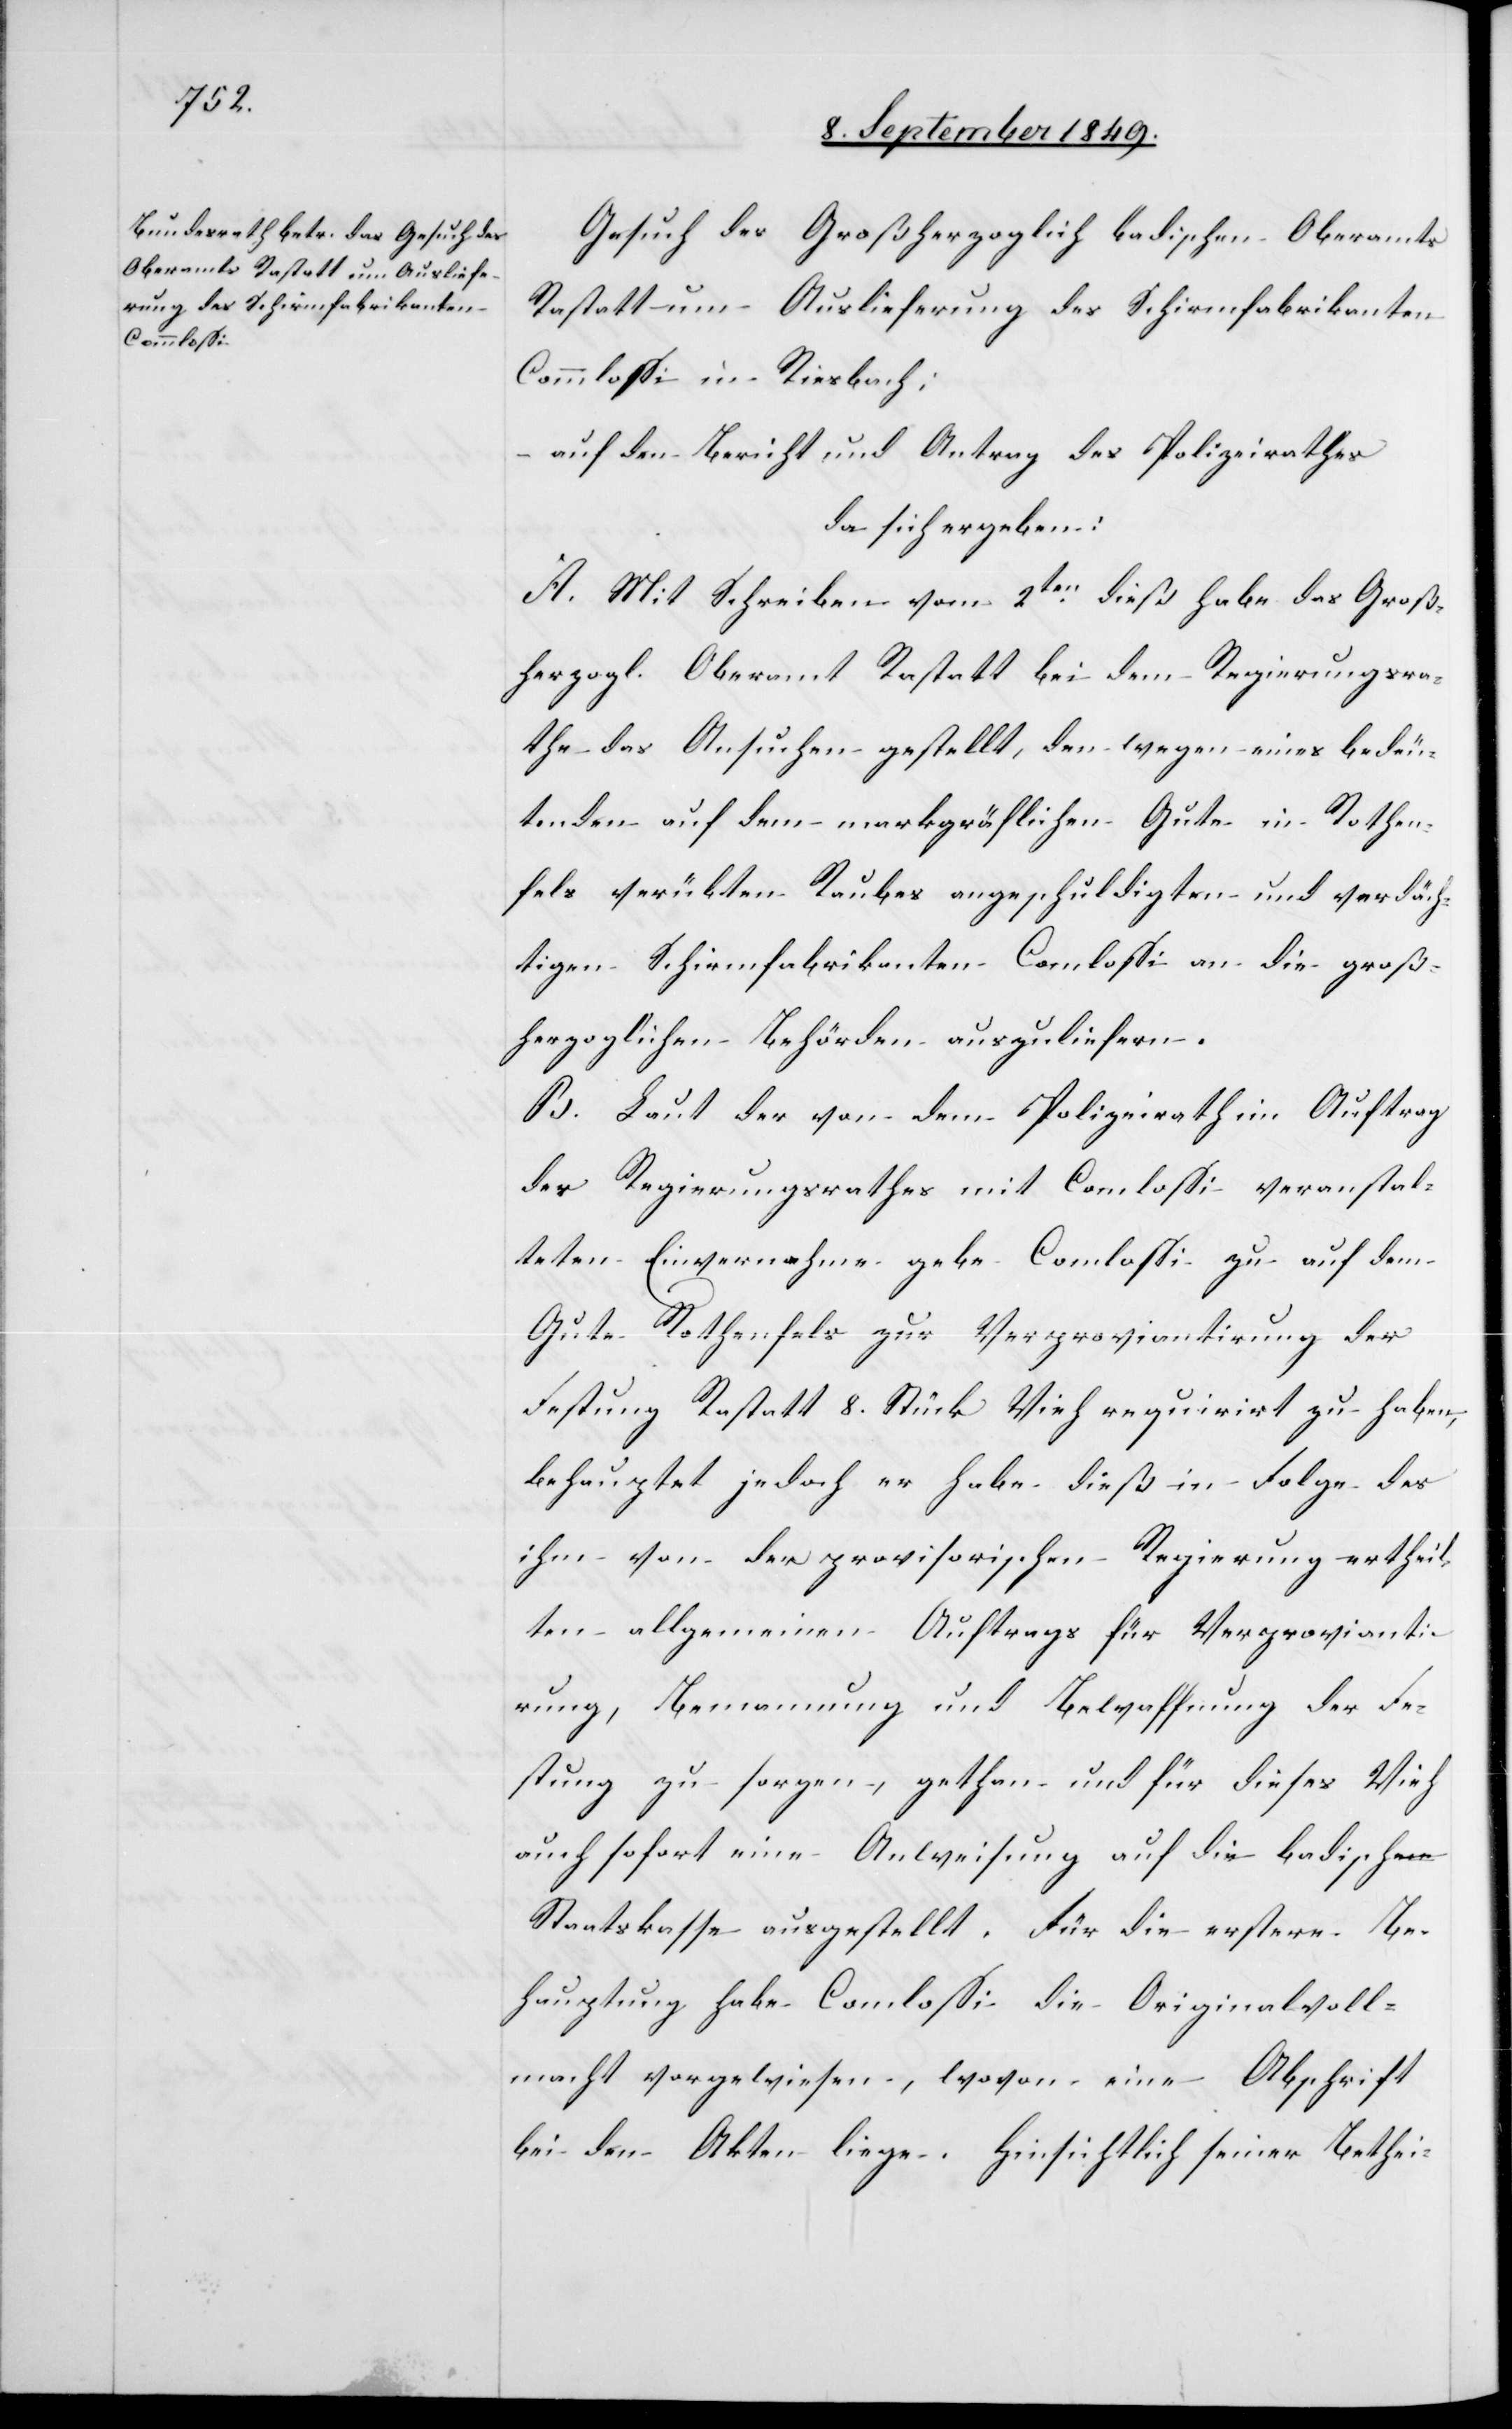
tal¬

Gesuch des Großherzoglich badischen Oberamts
Rastatt um Auslieferung des Schirmfabrikanten
Commlossi in Riesbach:
auf den Bericht und Antrag des Polizeirathes
da sich ergeben:
A. Mit Schreiben vom 2ten dieß habe das Groß¬
herzogl. Oberamt Rastatt bei dem Regierungsra¬
the das Ansuchen gestellt, den wegen eines bedeu¬
tenden auf dem markgräflichen Gute in Rothen¬
fels verübten Raubes angeschuldigten und verdäch¬
tigen Schirmfabrikanten Comlossi [sic!] verans¬
teten Einvernahme gebe Comlossi zu auf dem
Gute Rothenfels zur Verproviantirung der
Festung Rastatt 8. Stück Vieh requirirt zu haben,
behauptet jedoch er habe dieß in Folge des
ihm von der provisorischen Regierung ertheil¬
ten allgemeinen Auftrags für Verprovianti¬
rung, Bemannung und Bewaffnung der Fe¬
stung zu sorgen, gethan und für dieses Vieh
auch sofort eine Anweisung auf die badische
Staatskasse ausgestellt. Für die erstere Be¬
hauptung habe Comlossi die Originalvoll¬
macht vorgewiesen, wovon eine Abschrift
bei den Akten liege. Hinsichtlich seiner Bethei-